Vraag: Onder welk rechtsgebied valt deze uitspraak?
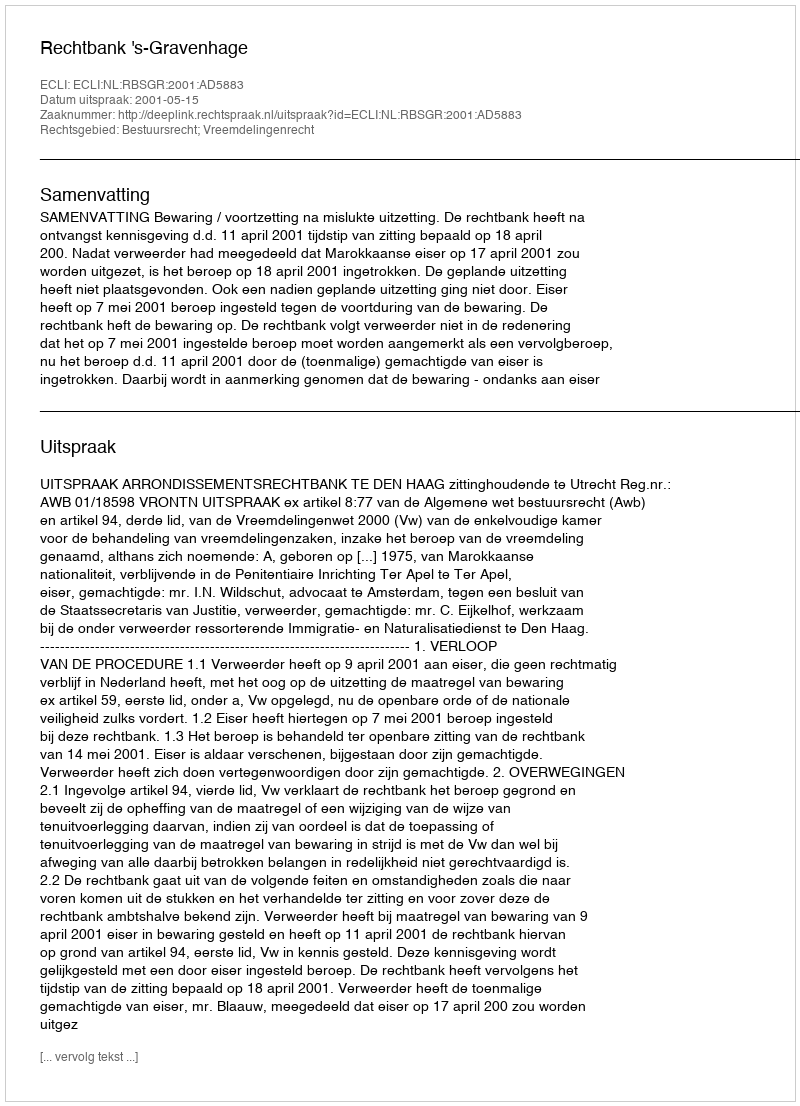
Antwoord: Bestuursrecht; Vreemdelingenrecht